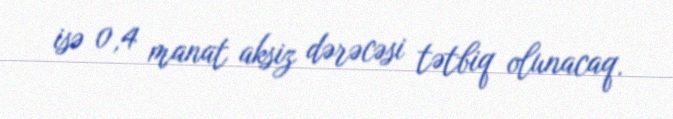
isə 0,4 manat aksiz dərəcəsi tətbiq olunacaq.